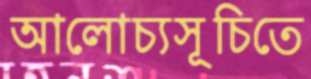
আলোচ্যসূচিতে